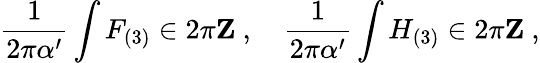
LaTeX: \frac{1}{2\pi\alpha^{\prime}}\int F_{(3)}\in 2\pi{\mathbf Z}\ ,\quad\frac{1}{2\pi\alpha^{\prime}}\int H_{(3)}\in 2\pi{\mathbf Z}\ ,